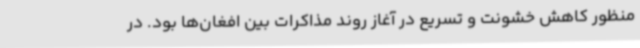
منظور کاهش خشونت و تسریع در آغاز روند مذاکرات بین افغان‌ها بود. در